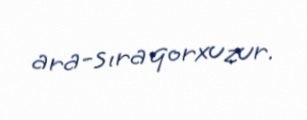
ara-sıra qorxuzur.